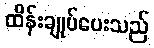
ထိန်းချုပ်ပေးသည်